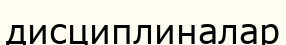
дисциплиналар